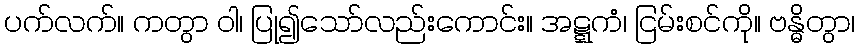
ပက်လက်။ ကတွာ ဝါ၊ ပြု၍သော်လည်းကောင်း။ အဋ္ဋကံ၊ ငြမ်းစင်ကို။ ဗန္ဓိတွာ၊